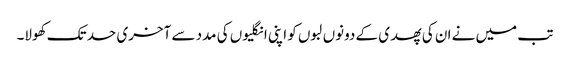
تب میں نے ان کی پھدی کے دونوں لبوں کو اپنی انگلیوں کی مدد سے آخری حد تک کھولا۔